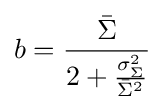
b={\frac {\bar {\Sigma }}{2+{\frac {\sigma _{\Sigma }^{2}}{{\bar {\Sigma }}^{2}}}}}